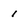
Character: 1